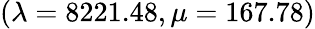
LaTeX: (\lambda=8221.48,\mu=167.78)